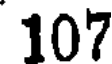
107